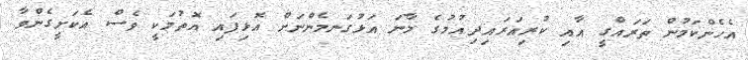
އެހެންކަމުން ތަރައްގީ އާއި ކުރިއަރައިދިއުމުގެ މާނަ އަޅުގަނމެންނަށް އޮޅިފައި އޮތުމަކީ ވެސް އެކަށީގެންވާ